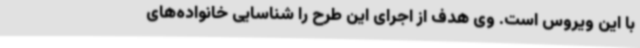
با این ویروس است. وی هدف از اجرای این طرح را شناسایی خانواده‌های